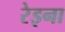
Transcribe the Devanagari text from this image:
रेइना